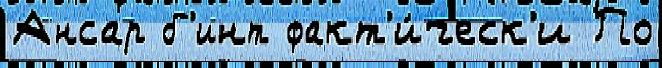
Ансар б'инт факт'и́ческ'и По